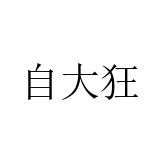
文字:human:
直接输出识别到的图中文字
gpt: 自大狂